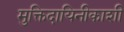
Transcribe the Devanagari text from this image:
मुक्तिदायिनीकाशी